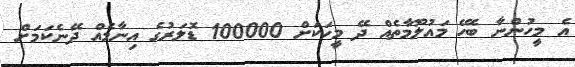
އެ މީހުންނާ ބެހޭ މައުލޫމާތެއް ދޭ މީހަކަށް 100000 ޑޮލަރުގެ އިނާމެއް ދޭނެކަމަށް